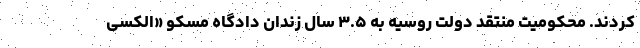
کردند. محکومیت منتقد دولت روسیه به ۳.۵ سال زندان دادگاه مسکو «الکسی